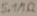
Text: 5.1MΩ